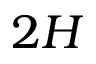
2 H